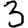
Digit: 3